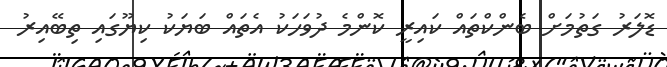
ޑޮލަރު ގަތުމަށް ބެންކްތައް ކައިރީ ކޮންމެ ދުވަހަކު އެތައް ބަޔަކު ކިޔޫގައި ތިބޭއިރު